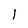
Character: 1